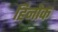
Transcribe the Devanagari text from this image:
हिनोक